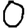
Digit: 0